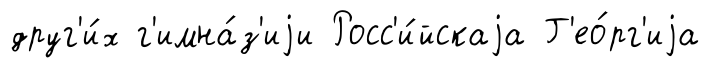
друг'и́х г'имна́з'иjи Росс'и́йскаjа Г'ео́рг'иjа